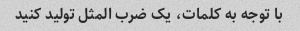
با توجه به کلمات، یک ضرب المثل تولید کنید